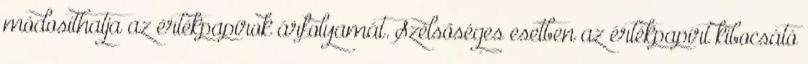
módosíthatja az értékpapírok árfolyamát. Szélsőséges esetben az értékpapírt kibocsátó